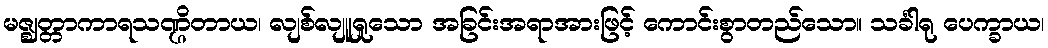
မဇ္ဈတ္တာကာရသဏ္ဌိတာယ၊ လျစ်လျူရှုသော အခြင်းအရာအားဖြင့် ကောင်းစွာတည်သော။ သင်္ခါရု ပေက္ခာယ၊